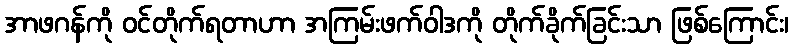
အာဖဂန်ကို ဝင်တိုက်ရတာဟာ အကြမ်းဖက်ဝါဒကို တိုက်ခိုက်ခြင်းသာ ဖြစ်ကြောင်း၊